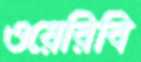
ওয়েরিবি